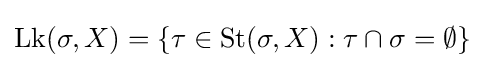
{\textstyle \operatorname {Lk} (\sigma ,X)=\{\tau \in \operatorname {St} (\sigma ,X):\tau \cap \sigma =\emptyset \}}